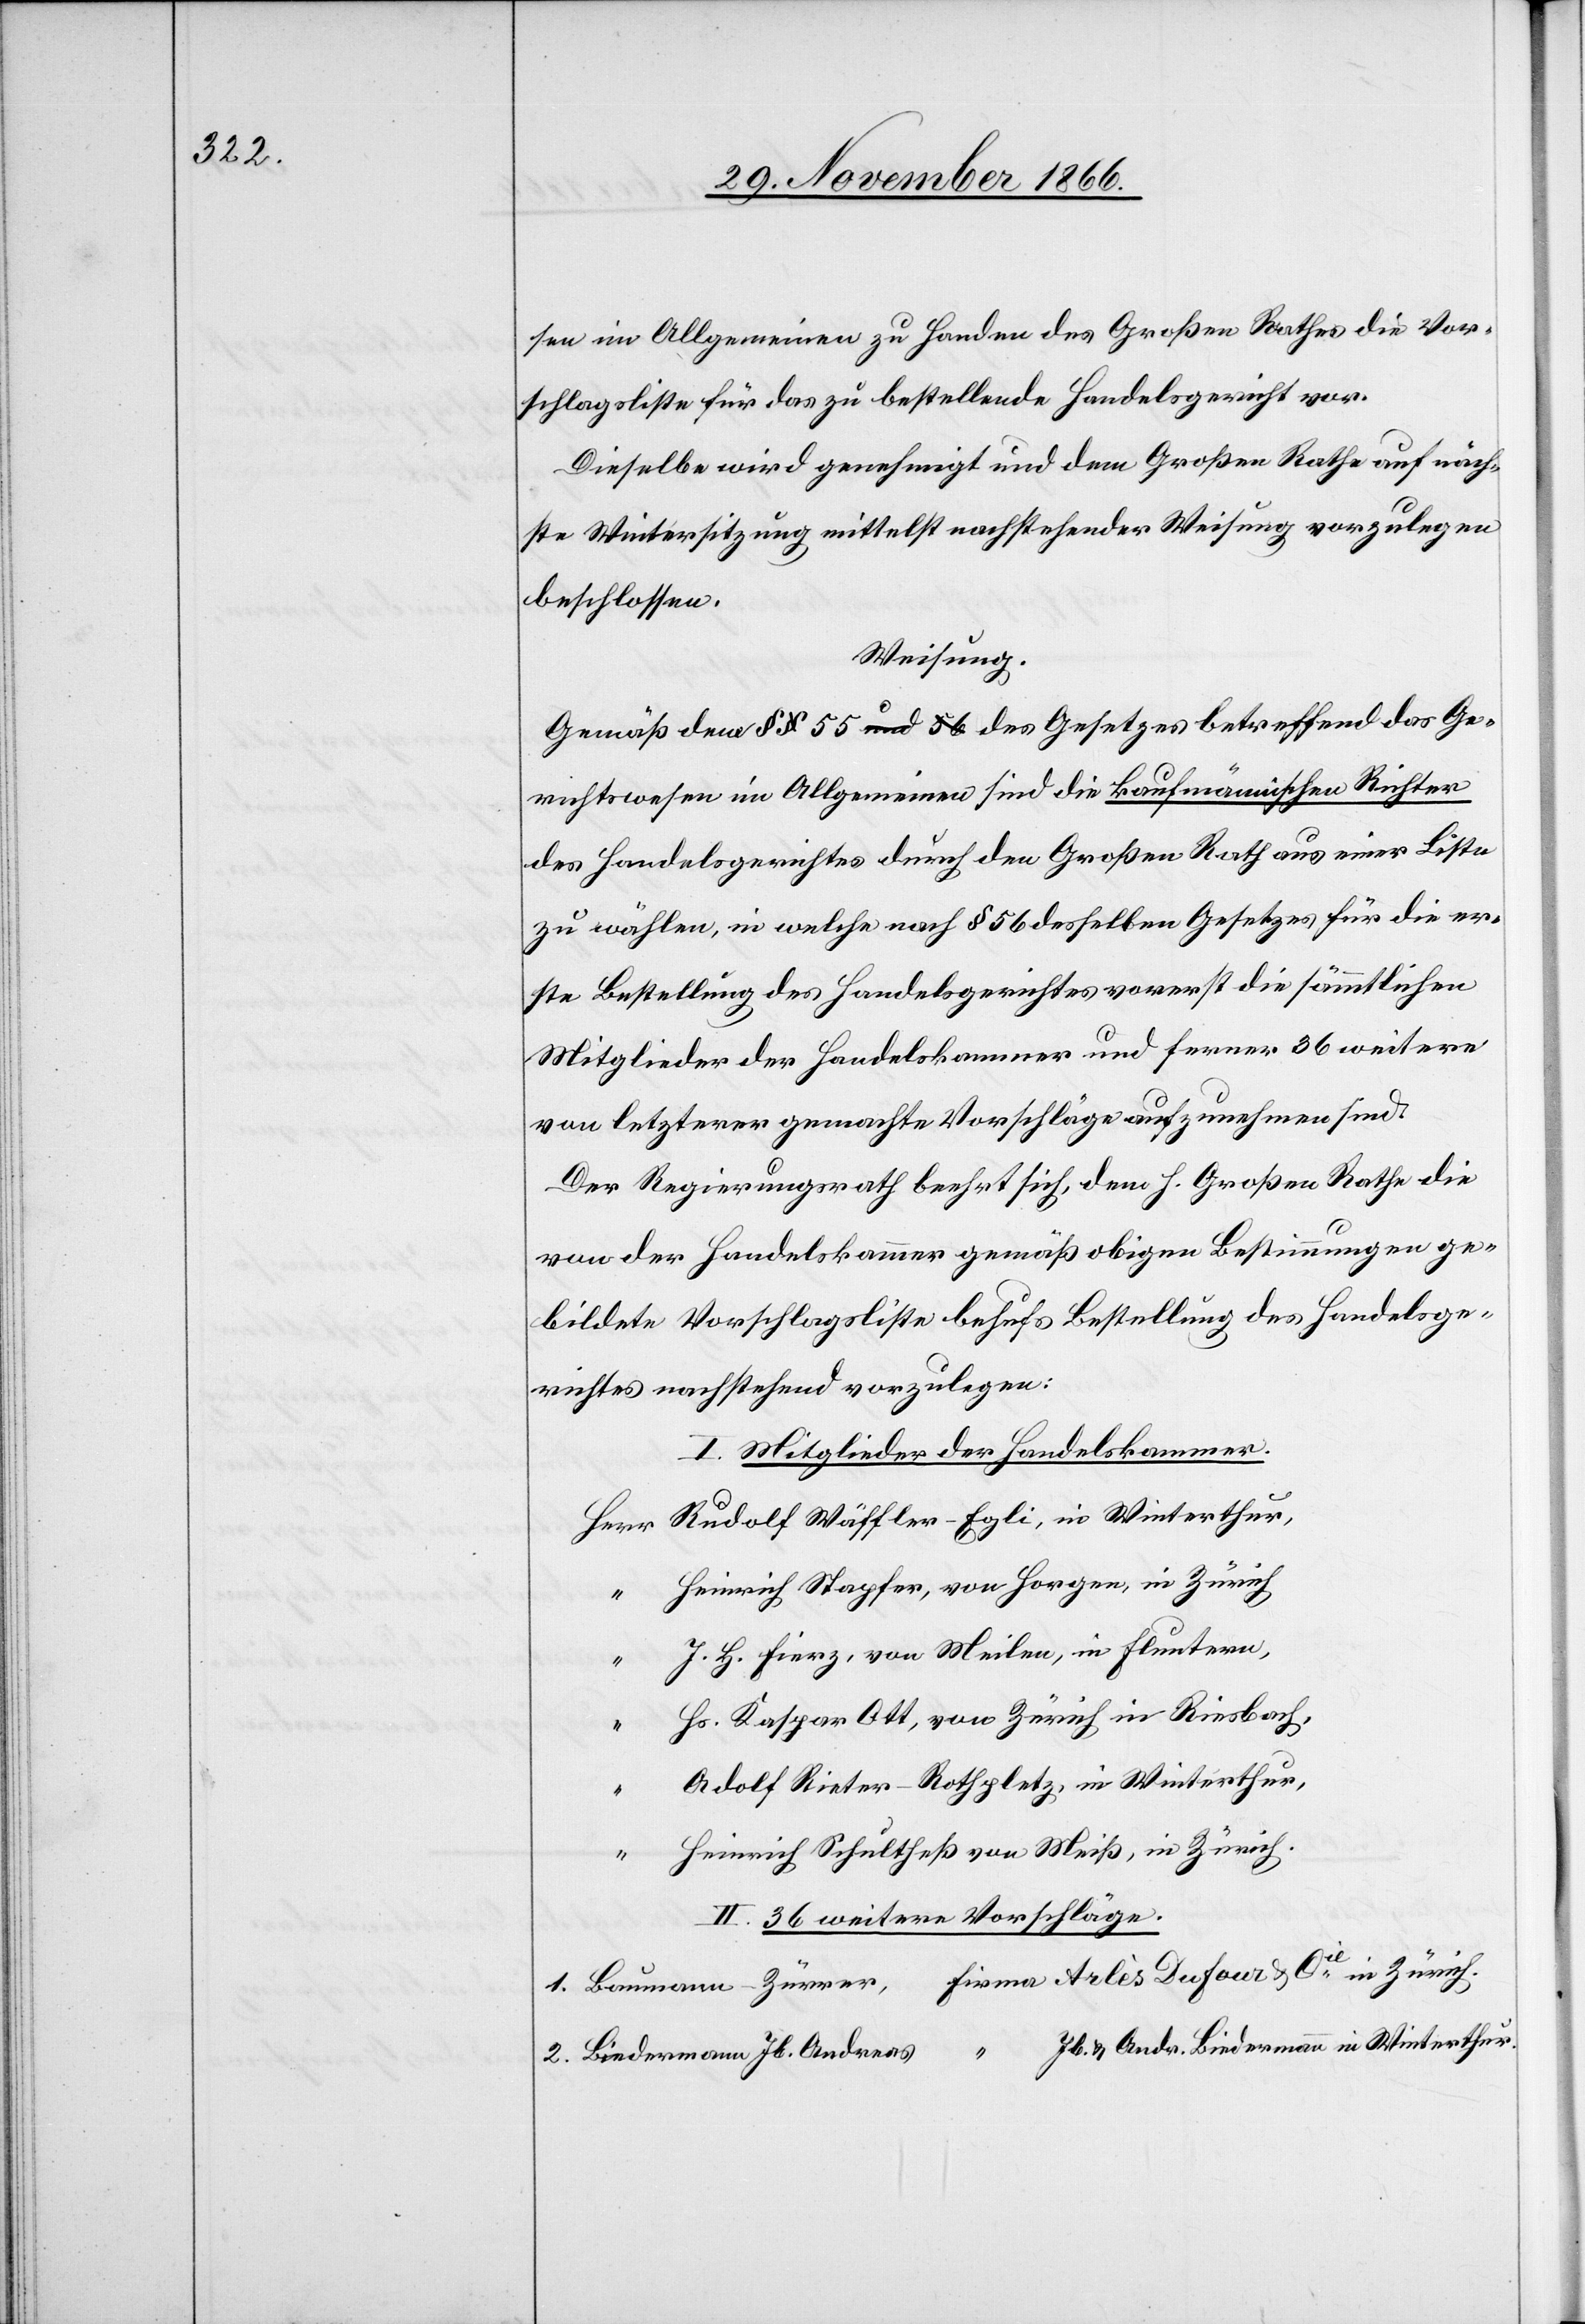
sen im Allgemeinen zu Handen des Großen Rathes die Vor¬
schlagsliste für das zu bestellende Handelsgericht vor.
Dieselbe wird genehmigt und dem Großen Rathe auf näch¬
ste Wintersitzung mittelst nachstehender Weisung vorzulegen
beschlossen.
Weisung.
Gemäß dem § 55 a-und 56-a des Gesetzes betreffend das Ge¬
richtswesen im Allgemeinen sind die kaufmännischen Richter
des Handelsgerichtes durch den Großen Rath aus einer Liste
zu wählen, in welche nach § 56 desselben Gesetzes für die er¬
ste Bestellung des Handelsgerichtes vorerst die sämmtlichen
Mitglieder der Handelskammer und ferner 36 weitere
von letzterer gemachte Vorschläge aufzunehmen sind.
Der Regierungsrath beehrt sich, dem h. Großen Rathe die
von der Handelskammer gemäß obigen Bestimmungen ge¬
bildete Vorschlagsliste behufs Bestellung des Handelsge¬
richtes nachstehend vorzulegen:
I. Mitglieder der Handelskammer.
Rudolf Wäffler-Egli, in Winterthur,
Heinrich Stapfer, von Horgen, in Zürich,
J. H. Fierz, von Meilen, in Fluntern,
“
Hs. Kaspar Ott, von Zürich in Riesbach,
“
Adolf Rieter-Rothpletz, in Winterthur,
Heinrich Schultheß von Meiß, in Zürich.
II. 36 weitere Vorschläge.
1. Baumann-Zürrer, 	Firma Arlès Dufour & Cie. in Zürich.
2. Biedermann Jb. Andreas 	 “ Jb. & Andr. Biedermann in Winterthur